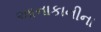
આનાકાનીના